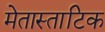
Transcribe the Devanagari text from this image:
मेतास्ताटिक